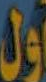
أول